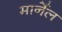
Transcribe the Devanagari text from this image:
मार्नेल